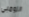
الزومبي